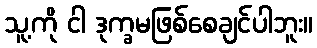
သူ့ကို ငါ ဒုက္ခမဖြစ်စေချင်ပါဘူး။